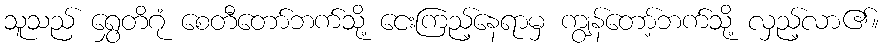
သူသည် ရွှေတိဂုံ စေတီတော်ဘက်သို့ ငေးကြည့်နေရာမှ ကျွန်တော့်ဘက်သို့ လှည့်လာ၏။